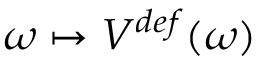
\omega \mapsto V ^ { d e f } ( \omega )